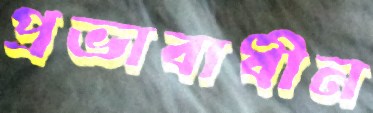
প্রভাবাধীন